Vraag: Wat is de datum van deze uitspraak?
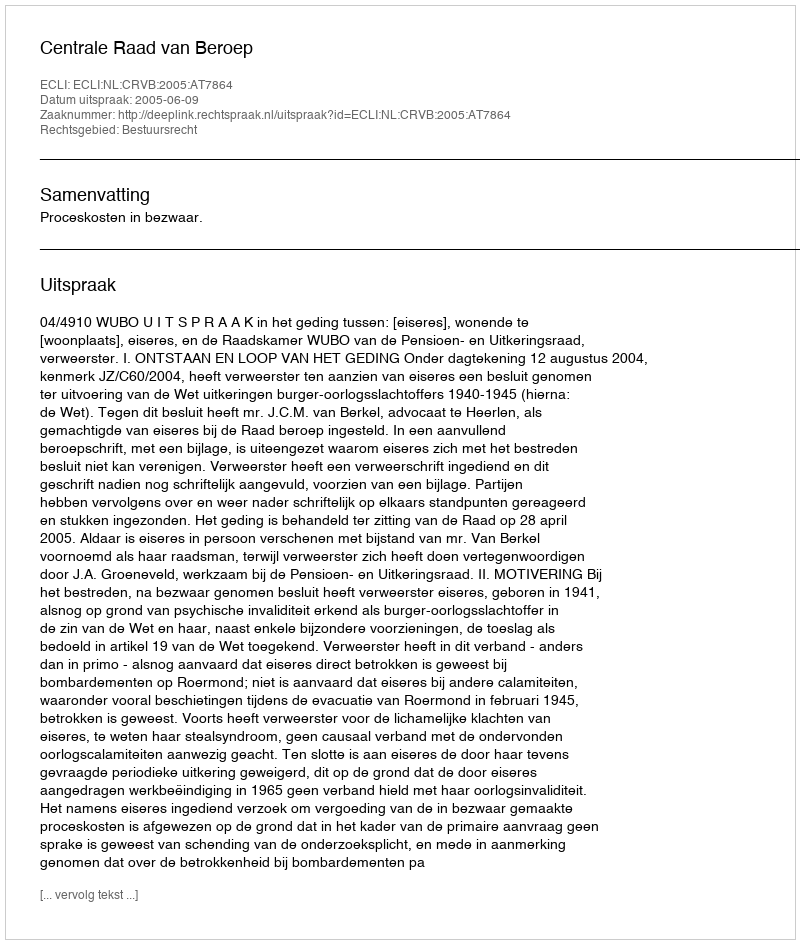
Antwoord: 2005-06-09